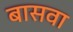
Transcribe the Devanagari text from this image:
बासवा